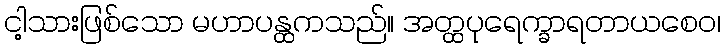
ငါ့သားဖြစ်သော မဟာပန္ထကသည်။ အတ္ထပုရေက္ခာရတာယစေဝ၊